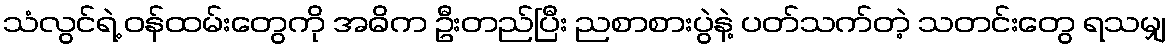
သံလွင်ရဲ့ ဝန်ထမ်းတွေကို အဓိက ဦးတည်ပြီး ညစာစားပွဲနဲ့ ပတ်သက်တဲ့ သတင်းတွေ ရသမျှ